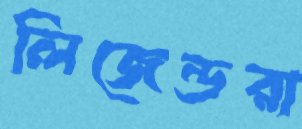
লিজেন্ডরা